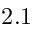
2 . 1